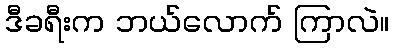
ဒီခရီးက ဘယ်လောက် ကြာလဲ။